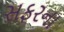
સફરના